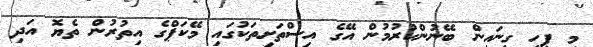
މި ފިހި ގިނައިން ބޭނުންކުރުމުން އޭގެ އިސްތަށިތަކުގައި މޭކަޕްގެ އިތުރުން ތެޔޮ އަދި